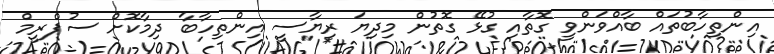
އިންތިހާބުތައް ބާއްވަންވީ ގޮތާއި ގުޅޭ ގޮތުން މިދިޔަ ރިޔާސީ އިންތިހާބާ ދިމާކޮށް ސުޕްރީމް